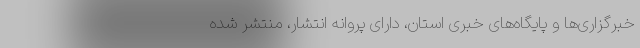
خبرگزاری‌ها و پایگاه‌های خبری استان، دارای پروانه انتشار، منتشر شده